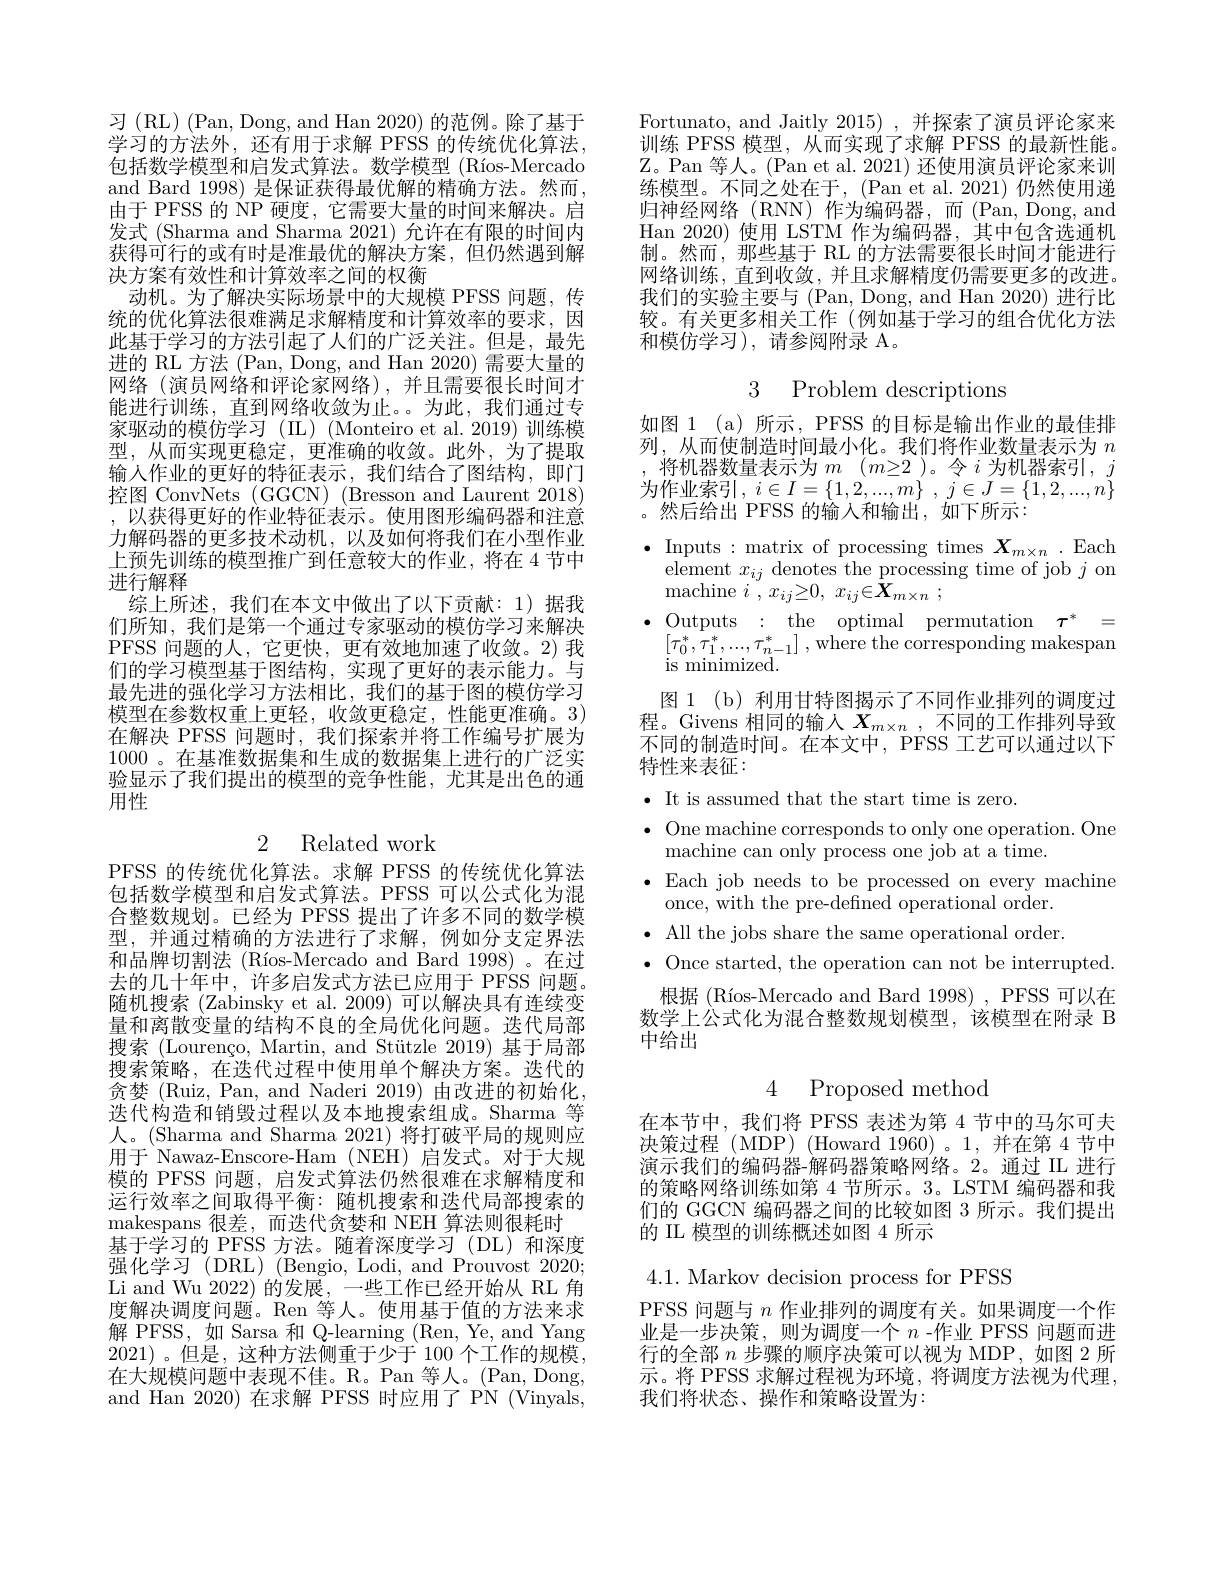
习(RL)(Pan,Dong,andHan2020)的范例。除了基于学习的方法外，还有用于求解 PFSS 的传统优化算法， 包括数学模型和启发式算法。数学模型 (Ríos-Mercado and Bard 1998) 是保证获得最优解的精确方法。然而， 由于 PFSS 的 NP 硬度，它需要大量的时间来解决。启发式 (Sharma and Sharma 2021) 允许在有限的时间内获得可行的或有时是准最优的解决方案，但仍然遇到解决方案有效性和计算效率之间的权衡
动机。为了解决实际场景中的大规模 PFSS 问题，传统的优化算法很难满足求解精度和计算效率的要求，因此基于学习的方法引起了人们的广泛关注。但是，最先进的 RL 方法 (Pan, Dong, and Han 2020) 需要大量的网络(演员网络和评论家网络),并且需要很长时间才能进行训练，直到网络收敛为止。为此，我们通过专家驱动的模仿学习(IL)(Monteiro et al.2019)训练模型，从而实现更稳定，更准确的收敛。此外，为了提取输入作业的更好的特征表示，我们结合了图结构，即门控图 ConvNets (GGCN) (Bresson and Laurent 2018) ,以获得更好的作业特征表示。使用图形编码器和注意力解码器的更多技术动机，以及如何将我们在小型作业上预先训练的模型推广到任意较大的作业，将在 4 节中进行解释
综上所述，我们在本文中做出了以下贡献：1)据我们所知，我们是第一个通过专家驱动的模仿学习来解决PFSS 问题的人，它更快，更有效地加速了收敛。2)我们的学习模型基于图结构，实现了更好的表示能力。与最先进的强化学习方法相比，我们的基于图的模仿学习模型在参数权重上更轻，收敛更稳定，性能更准确。3) 在解决 PFSS 问题时，我们探索并将工作编号扩展为1000 。在基准数据集和生成的数据集上进行的广泛实验显示了我们提出的模型的竞争性能，尤其是出色的通用性
2 Related work
PFSS 的传统优化算法。求解 PFSS 的传统优化算法包括数学模型和启发式算法。PFSS 可以公式化为混合整数规划。已经为 PFSS 提出了许多不同的数学模型，并通过精确的方法进行了求解，例如分支定界法和品牌切割法 (Ríos-Mercado and Bard 1998)。在过去的几十年中，许多启发式方法已应用于 PFSS 问题。随机搜索 (Zabinsky et al. 2009) 可以解决具有连续变量和离散变量的结构不良的全局优化问题。迭代局部搜索 (Lourenço, Martin, and Stützle 2019) 基于局部搜索策略，在迭代过程中使用单个解决方案。迭代的贪婪(Ruiz, Pan, and Naderi 2019) 由改进的初始化迭代构造和销毁过程以及本地搜索组成。Sharma 等人。(Sharma and Sharma 2021) 将打破平局的规则应用于 Nawaz-Enscore-Ham (NEH) 启发式。对于大规模的 PFSS 问题，启发式算法仍然很难在求解精度和运行效率之间取得平衡：随机搜索和迭代局部搜索的makespans 很差，而迭代贪婪和 NEH 算法则很耗时
基于学习的 PFSS 方法。随着深度学习(DL)和深度强化学习 (DRL) (Bengio, Lodi, and Prouvost 2020; Li and Wu 2022)的发展，一些工作已经开始从 RL 角度解决调度问题。Ren 等人。使用基于值的方法来求解 PFSS, 如 Sarsa 和 Q-learning (Ren, Ye, and Yang 2021)。但是，这种方法侧重于少于 100个工作的规模， 在大规模问题中表现不佳。R。Pan 等人。(Pan,Dong, and Han 2020) 在求解 PFSS 时应用了 PN (Vinyals,

Fortunato, and Jaitly 2015) ,并探索了演员评论家来训练 PFSS 模型，从而实现了求解 PFSS 的最新性能。Z。Pan 等人。(Pan et al.2021) 还使用演员评论家来训练模型。不同之处在于，(Pan et al.2021)仍然使用递归神经网络(RNN)作为编码器，而(Pan,Dong,and Han 2020) 使用 LSTM 作为编码器，其中包含选通机制。然而，那些基于 RL 的方法需要很长时间才能进行网络训练，直到收敛，并且求解精度仍需要更多的改进。我们的实验主要与 (Pan, Dong, and Han 2020) 进行比较。有关更多相关工作(例如基于学习的组合优化方法和模仿学习),请参阅附录 A。

3 Problem descriptions

如图 1 (a) 所示，PFSS 的目标是输出作业的最佳排

列，从而使制造时间最小化。我们将作业数量表示为$n$

将机器数量表示为$m$ $( m\geq 2$ )。令 $i$ 为机器索引，$j$

为作业索引$, i\in I= \{ 1, 2, . . . , m\}$ , $j\in J= \{ 1, 2, . . . , n\}$

。然后给出 PFSS 的输入和输出，如下所示：

$\bullet$ Inputs : matrix of processing times $\boldsymbol X_m\times n.$ Each

element $x_ij$ denotes the processing time of job $j$ on

${\mathrm{machine~}i}, x_{ij}{\geq }0$, $x_{ij}{\in }\boldsymbol{X}_{m\times n}$ ;

$\bullet$ Outputs : the optimal permutation $\tau ^*$ =

$\begin{array}{l}[\tau_{0}^{*},\tau_{1}^{*},...,\tau_{n-1}^{*}]\:,\mathrm{~where~the~corresponding~makespar}\\\mathrm{is~minimized.}\end{array}$

图 1 (b) 利用甘特图揭示了不同作业排列的调度过

程。Givens 相同的输入$X_m\times n$,不同的工作排列导致

不同的制造时间。在本文中，PFSS 工艺可以通过以下

特性来表征：

$\bullet$ It is assumed that the start time is zero.

$\bullet$ One machine corresponds to only one operation. One

machine can only process one job at a time.

$\bullet$ Each job needs to be processed on every machine

once, with the pre-defined operational order.

$\bullet$ All the jobs share the same operational order

$\bullet$ Once started, the operation can not be interrupted.

根据 (Ríos-Mercado and Bard 1998) , PFSS 可以在

数学上公式化为混合整数规划模型，该模型在附录 B

中给出

# 4 Proposed method

在本节中，我们将 PFSS 表述为第 4 节中的马尔可夫决策过程 (MDP) (Howard 1960)。1,并在第 4 节中演示我们的编码器-解码器策略网络。2。通过 IL 进行的策略网络训练如第 4 节所示。3。LSTM 编码器和我们的 GGCN 编码器之间的比较如图 3 所示。我们提出的 II 模型的训练概述如图 4 所示

4.1. Markov decision process for PFSS
PFSS 问题与$n$作业排列的调度有关。如果调度一个作业是一步决策，则为调度一个$n$ -作业 PFSS 问题而进行的全部$n$步骤的顺序决策可以视为 MDP,如图 2 所示。将 PFSS 求解过程视为环境，将调度方法视为代理， 我们将状态、操作和策略设置为：